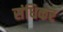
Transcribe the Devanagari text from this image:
संधिकर